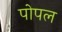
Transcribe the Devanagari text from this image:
पोपल